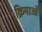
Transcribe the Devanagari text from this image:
क्रियाओँ